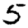
Digit: 5